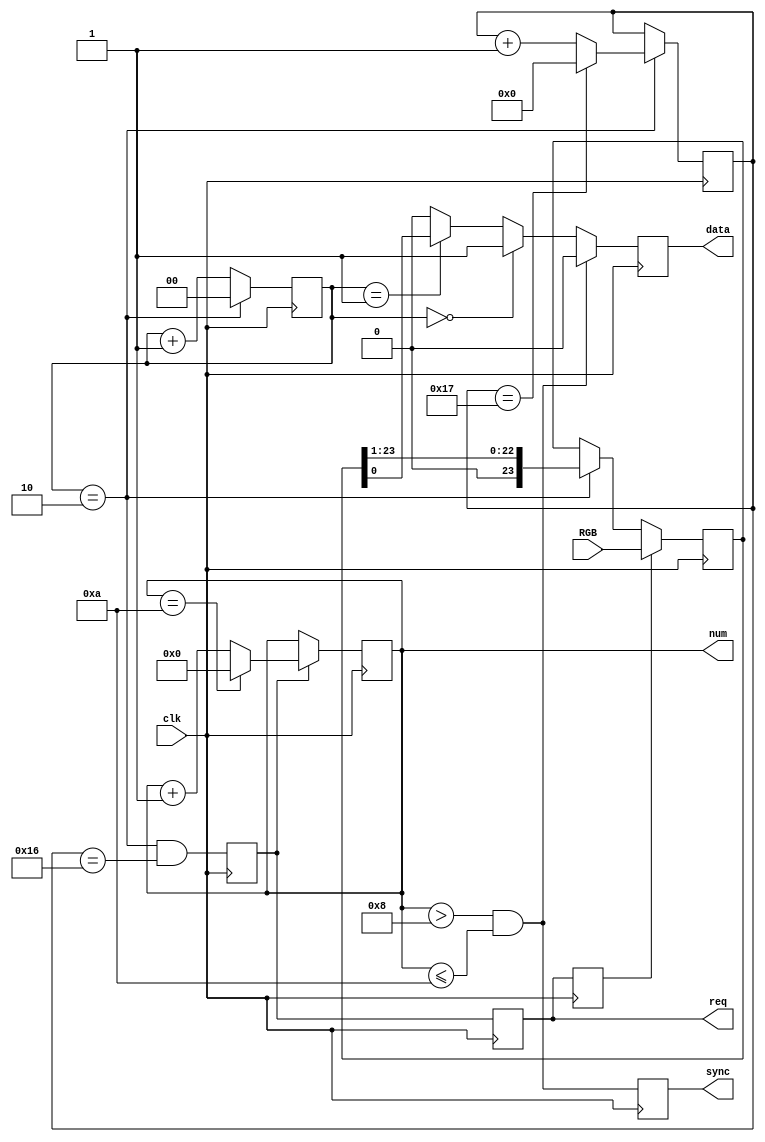
`timescale 1ns / 1ps

module LED_tape(
    input wire clk,
    input wire [23:0] RGB,
    output reg data,
    output wire[15:0]num,
	output reg sync,
    output reg req
    );

parameter  NUM_LEDS = 8;
parameter  NUM_RESET_LEDS = 2;
localparam NUM_TOTAL = (NUM_LEDS+NUM_RESET_LEDS);

//3 tick counter
reg [1:0] cnt3 = 2'b0;
always @(posedge clk)
	if (cnt3 == 2'b10)
		cnt3 <= 2'b0;
	else
		cnt3 <= cnt3+1;

//24 tick counter
reg [4:0] cnt24 = 5'b0;
always @(posedge clk)
	if (cnt3 == 2'b10)
		cnt24 <= ( cnt24 == 23 ) ? 5'b0 : cnt24 +1'b1;

reg _req  = 1'b0;
reg req_ = 1'b0;
always @(posedge clk)
begin
	_req <= (cnt3 == 2'b10) & (cnt24 == 22);
	req <= _req;
	req_ <= req;
end


reg [15:0]cntN = 0;
always @(posedge clk)
	if(_req)
	begin
		if( cntN==(NUM_TOTAL) )
			cntN <= 0;
		else
			cntN <= cntN + 1;
	end
assign num = cntN;

reg [23:0]shift_r24;
always @(posedge clk)
	if(req_)
		shift_r24 <= RGB;
	else
	if( cnt3==2'b10 )
		shift_r24 <= { 1'b0, shift_r24[23:1] };

wire hide; assign hide = (cntN>NUM_LEDS & cntN<=(NUM_TOTAL));
always @(posedge clk)
	sync <= hide;
	
always @(posedge clk)
	if( hide )
		data <= 1'b0;
	else
		data <= (cnt3==2'b00) ? 1'b1 :
				(cnt3==2'b01) ? shift_r24[0] : 1'b0;

endmodule